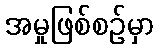
အမှုဖြစ်စဉ်မှာ